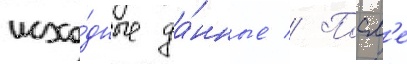
исхо́дные да́нные // Посл'е